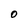
Character: 0